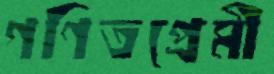
গণিতপ্রেমী